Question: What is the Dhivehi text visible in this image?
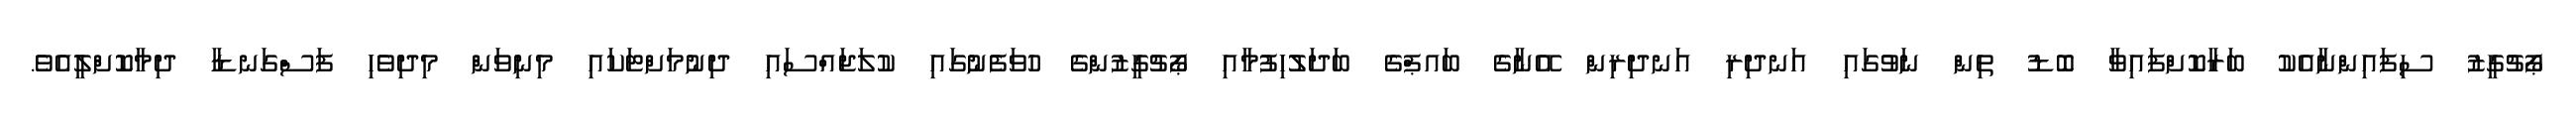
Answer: ޕޯޗުގީޒު ސިފައިންނާއެކު ބަރާކޮށްފައިވާ ބޮޑު ތިން ނަވުގައި އަނދިރި އަނދިރިން އޭނާގެ ބައޕްގެ ބަދަލުހިފުމާއި ޕޯޗުގީޒުންގެ ހުވަފެނުގައި ކުލަޖައްސައި ދިނުމަށްޓަކައި މިނިވަން މިދިވެހި ފަސްގަނޑާ ދިމާކޮށްލީއެވެ.